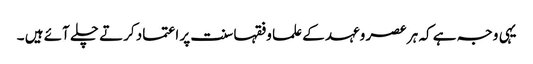
یہی وجہ ہے کہ ہر عصر وعہد کے علما وفقہا سنت پر اعتماد کرتے چلے آئے ہیں ۔